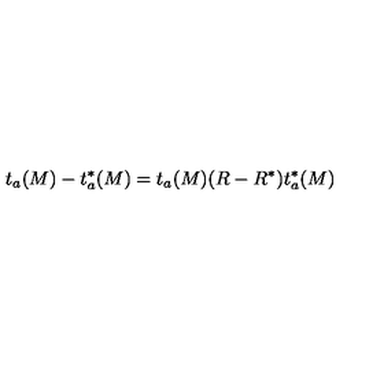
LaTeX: t _ { a } ( M ) - t _ { a } ^ { * } ( M ) = t _ { a } ( M ) ( R - R ^ { * } ) t _ { a } ^ { * } ( M )